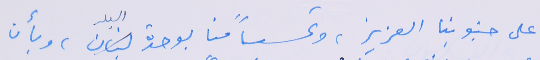
على جنوبنا العزيز، وتحسباً منا بوحدة البلد، وبأن